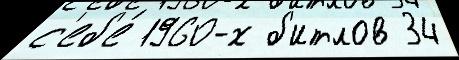
с'еб'е́ 1960-х б'итлов 34